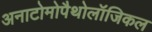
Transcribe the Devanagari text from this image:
अनाटोमोपैथोलॉजिकल